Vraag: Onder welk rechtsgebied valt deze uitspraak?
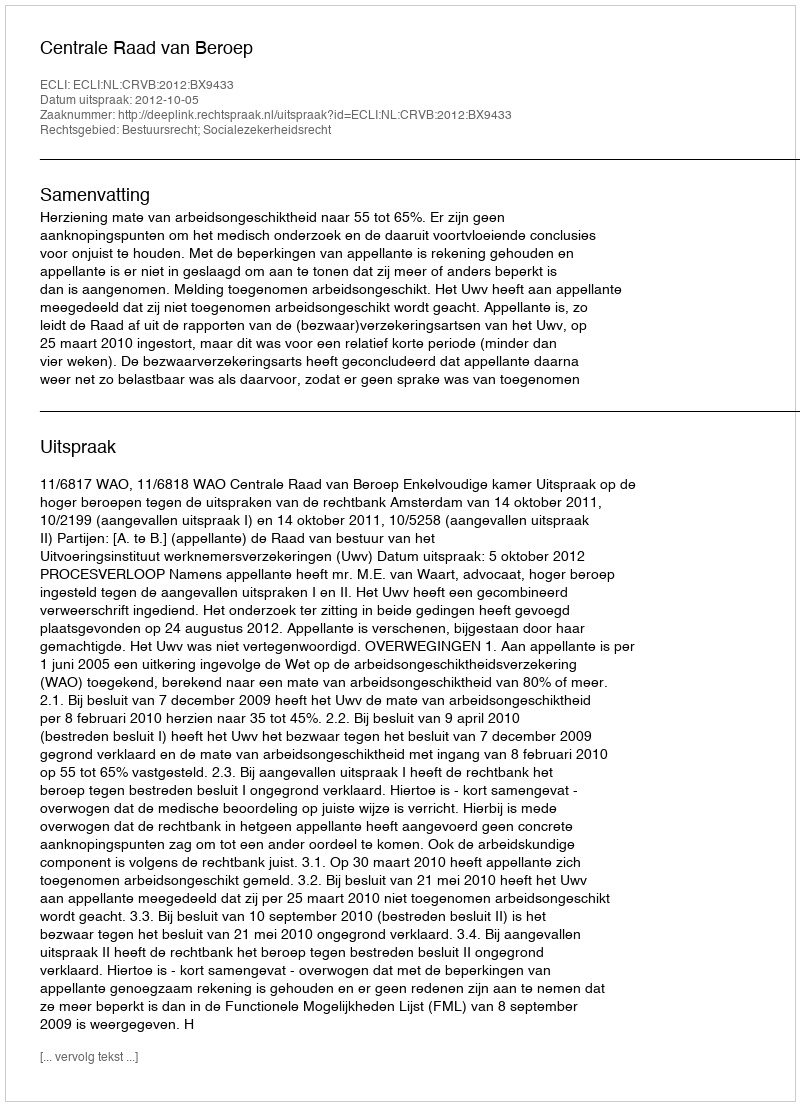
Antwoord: Bestuursrecht; Socialezekerheidsrecht